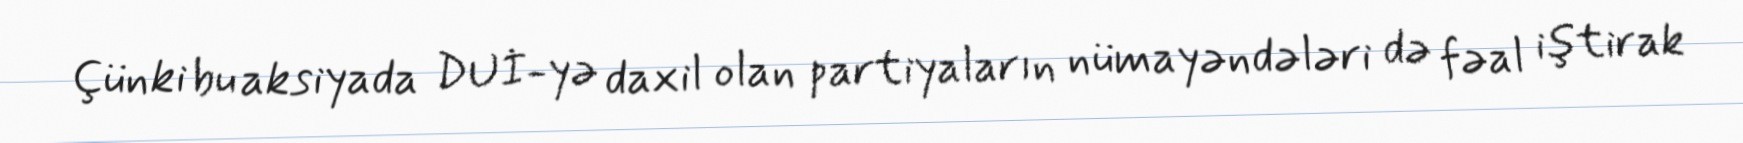
Çünki bu aksiyada DUİ-yə daxil olan partiyaların nümayəndələri də fəal iştirak